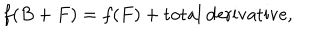
LaTeX: f ( B + F ) = f ( F ) + \mathrm { t o t a l ~ d e r i v a t i v e } ,